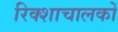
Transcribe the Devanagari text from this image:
रिक्शाचालकों